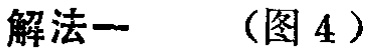
解法一 （图 4）